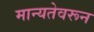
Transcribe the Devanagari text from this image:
मान्यतेवरून